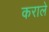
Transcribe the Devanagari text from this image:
कराले